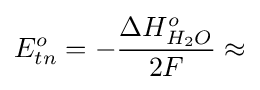
E_{tn}^{o}=-{\frac {\Delta H_{H_{2}O}^{o}}{2F}}\approx